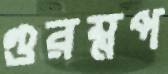
গুরম্নপ